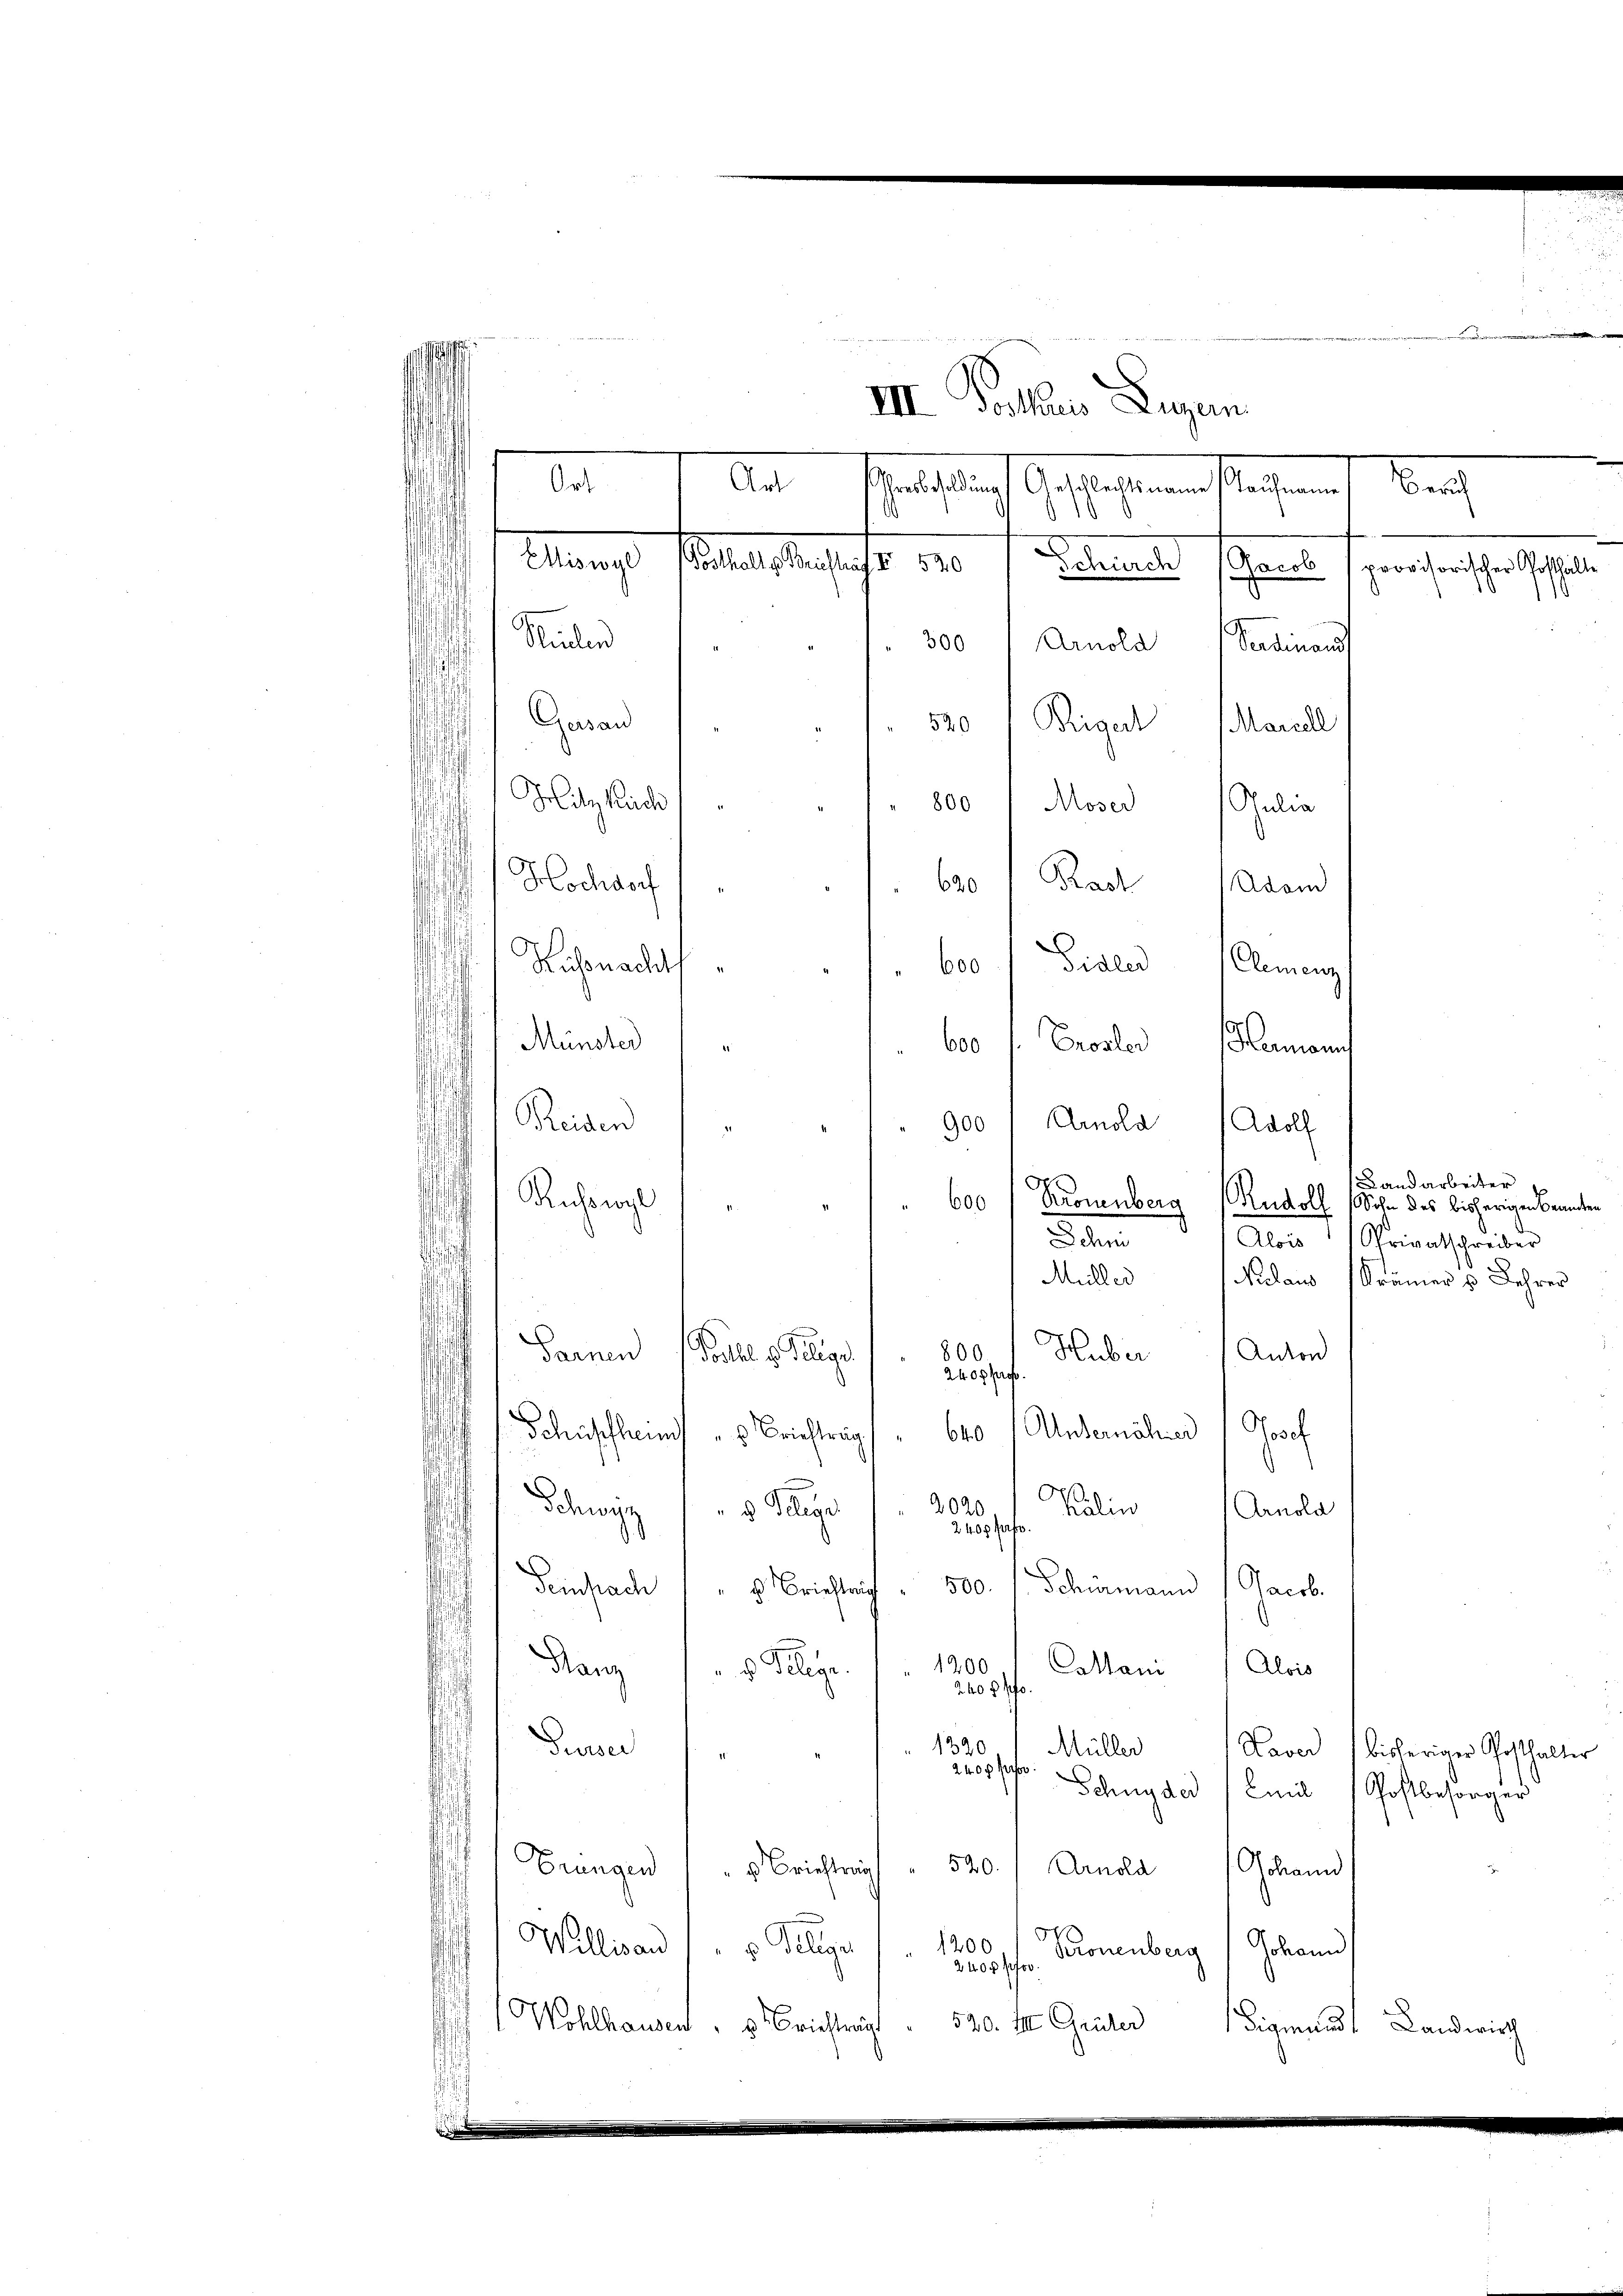
.
III. Gothaus Luzern
Ort
Art
Geiflich gestaltenen strafen
Miswyl
Sittels ersuchs 120
Plinie sehen
provisorischer Gotthalte
Rucker
300 " Arnold Verdinand
Gesand
520 / Rigel Mariel
¬
Hitz Rich
800 " Moser Julia
Hochdorf
600 Karl Adam
¬
Rihnacht

" 600 Gisled Clemenz
.
¬
Münster
600 f. Prosler Hamann
Reiden
900 Arnold
Adolf
s
s
Landarbeiter
r
Ruswyl
600
Kronenberg Rudolf
Sohn des bisherigen Beamten
Schm
Alois Privatschreiber
Müller
Nulaus (Kramers Lehrer
Sarnen
Huber
800
Anton
Postul u. Selige
240 g prof
Schiffheims " Briefträg
Unternähren Josef
640
2020
Kalen (Arnold
Schwyz 18 Auge
2400 Pap
500.
Schumann Jacob.
Feinfach " " Brieftrag
.
Rang
1200
Collam  Alois
d. Gelege
2405 f.
1320
Priser
Müller
Kaver (bisheriger Posthalter
2400 f.
Schnyder Emil (Postbesorger
540
Brungen
Arnold Johann
 Brieftrag
s
t
1200
Wallisau u. Seliger
Kronenberg, Johann
2400 ff
520. III Grüter
Wohlhausen, s. Brieftragt
Sigmund Landwirth
.
d sicht

Zürich

110